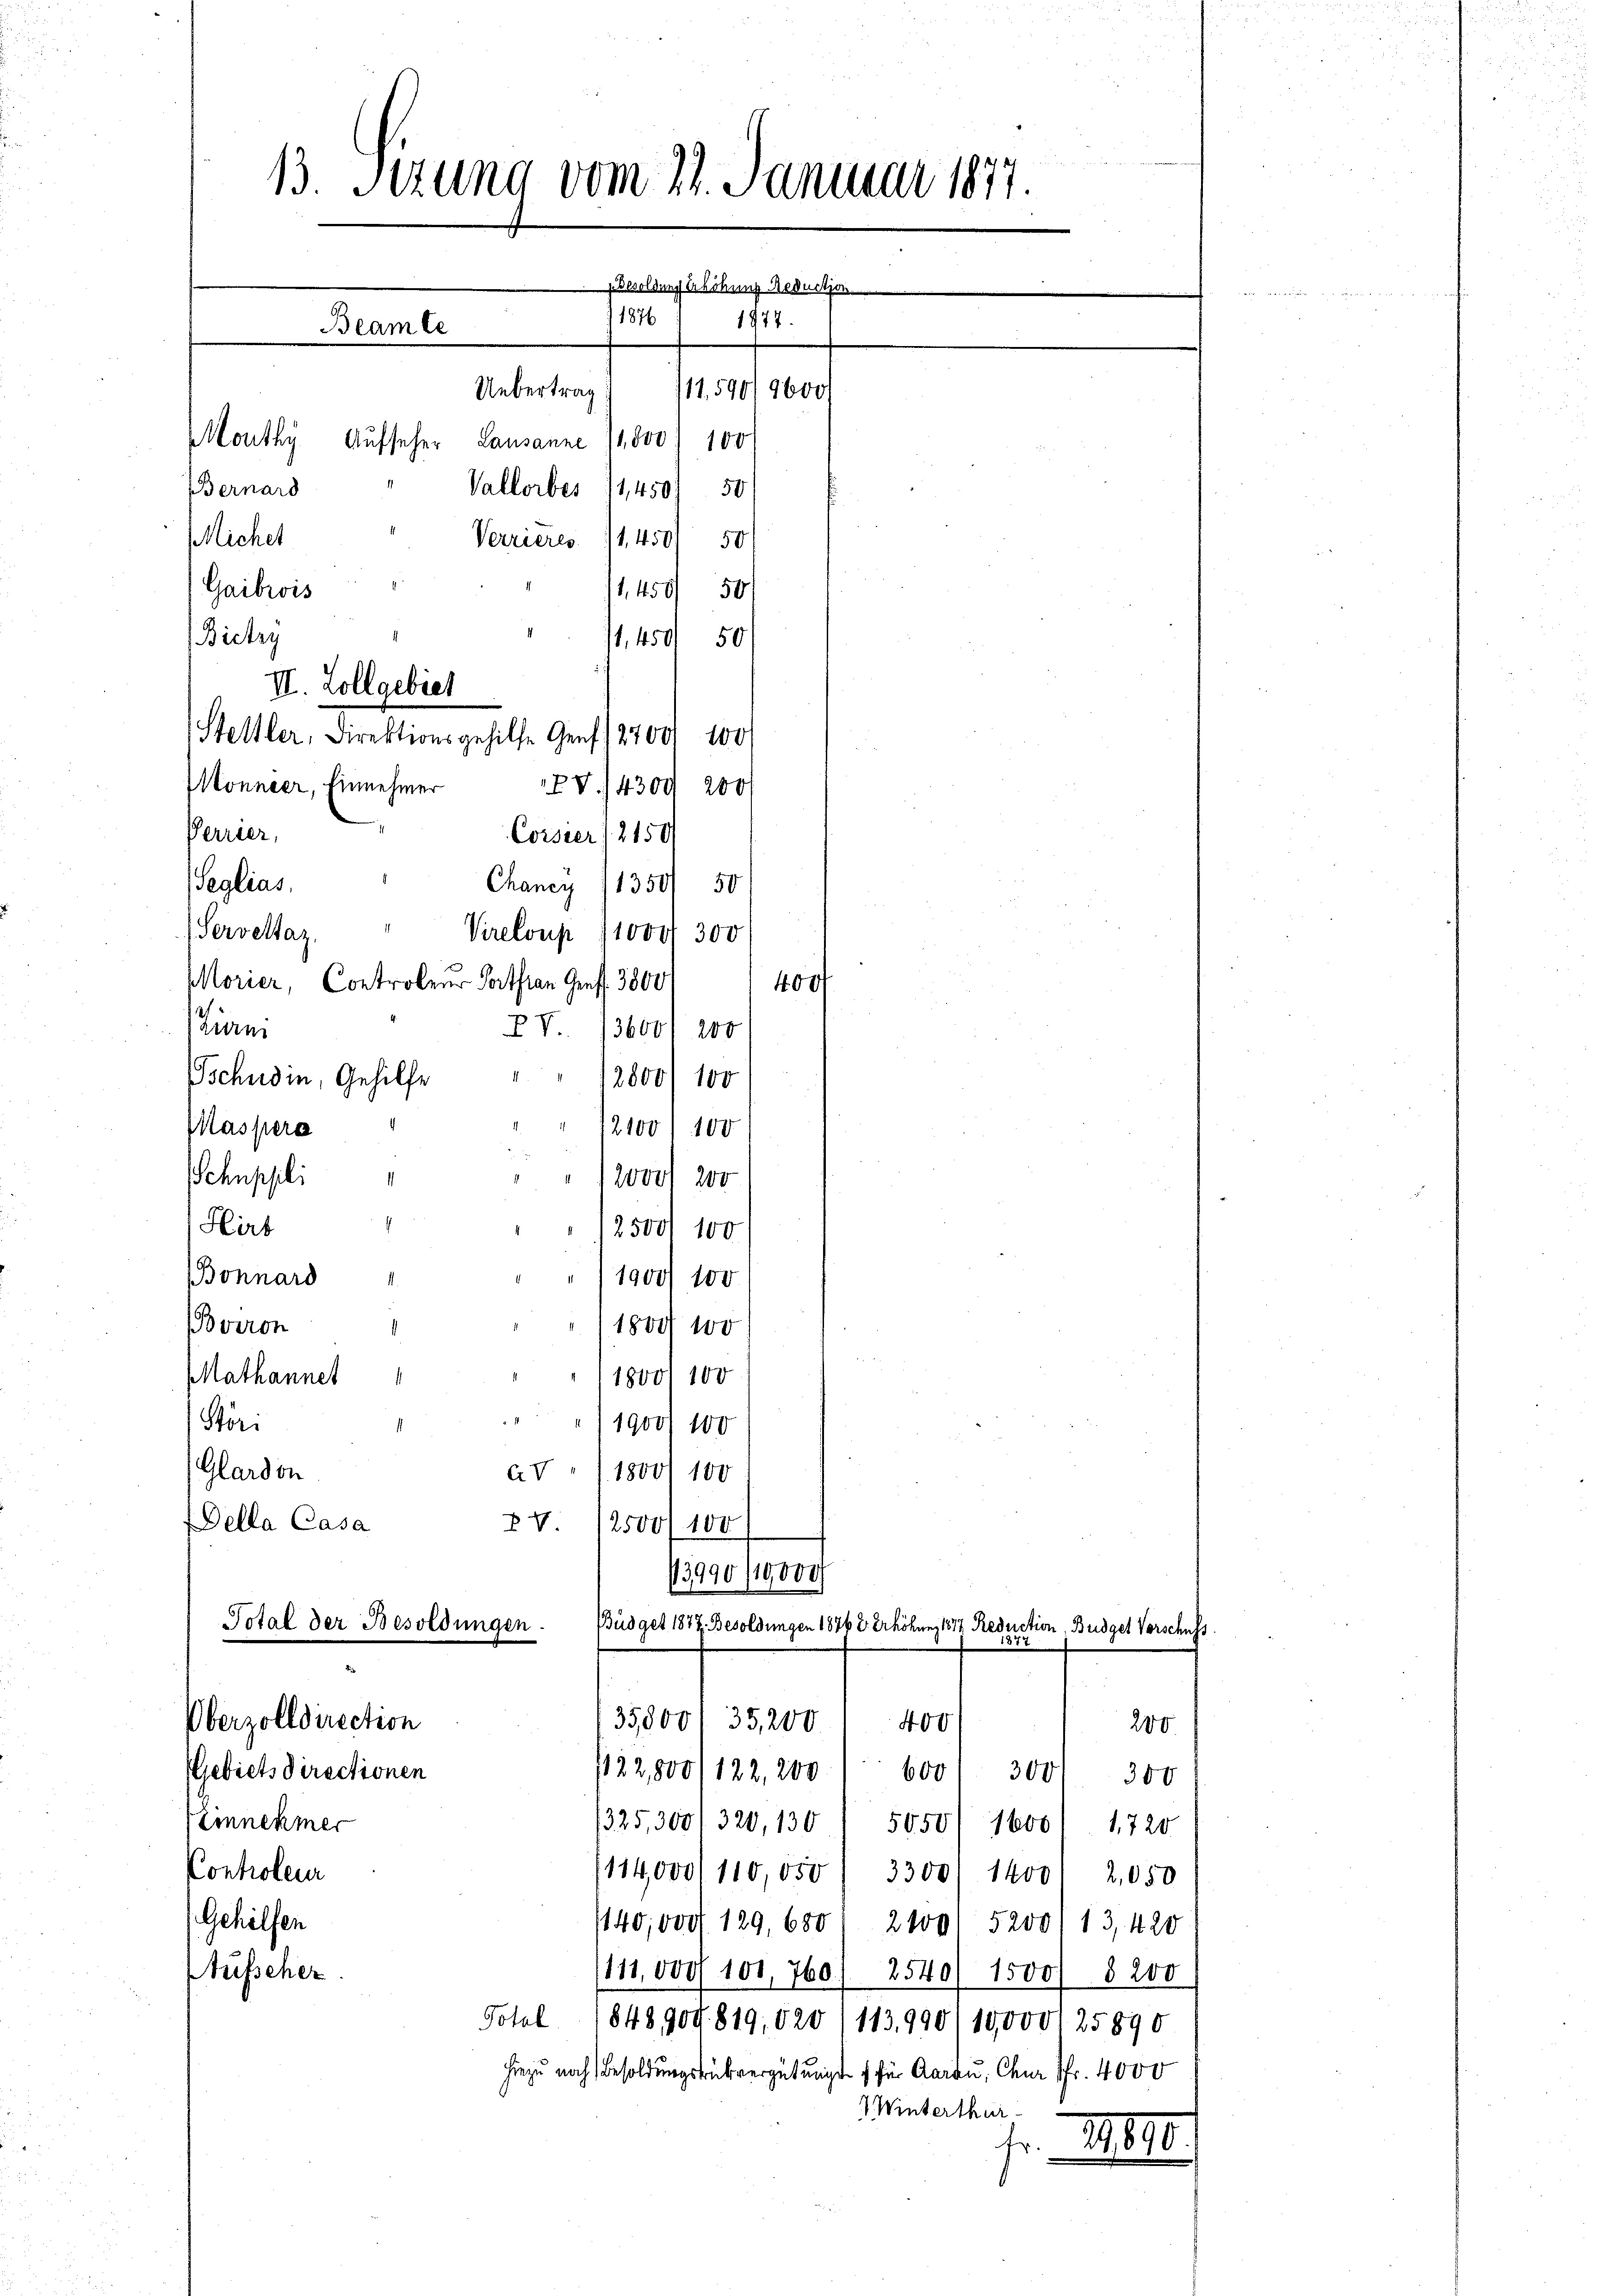
13. Sizung vom 21. Januar 1877.
resoldung erhöhung Reduction
11876 1 1977.
Beamte
Uebertrag
111,590/1600
Monthy Aufseher Lausanne 11,500 " 100
Bernard
Vallorbes 11,450) 50

Micher
Verrieres 14450/ 50
Gaibiois
1,450/ 50
11,459 50/
Bictzy
Stettler, Direktionsgehilfe Genf 18700) 100
Monneer, Einnehmer
XV. 14300 200
Perrier,
Corster 2150
Seglias,
Chancy 11350/ 50
Servelaz,
Vreloup 110000 300
Morier, Controleur Fortfian Genf. 3800
400/
Zierm
PV 13600/ 200
Tschudin, Gehilfe " " 128001 100
" 2100/100
Maspera
Schuppli
2000. 200
¬
Hirt
12500/100
Bonnard
/1900/100
Boiron
1801 100
Mathannet
18001 100
) 1900 100
Stör
Glardon
aV) 18001 100
Della Casa
XV. 12500/100
13990/10,000
Total der Besoldungen.
Büdget 1877. Besoldungen 1876 2. Erhöhung 1874 Reduction Budget Vorschuss
Überzolldirection
35,000/ 35,200 400
Gebiets directionen
/22,800/122, 200
600
Zinnehmer
325,3001320,130/ 5050/ 16001 1720
Controleur
114,000/110,050, 3300. 1400/ 2,050
Gehilfen
1140,000 129, 680 2100. 5200113,420
Aufscher
111,000 f 101,760/ 2540/ 1500 § 200
Total 1848,900. 819, 520/113,990/10,000 25890
hiezu noch Besoldungsrükvergütungs 1 für Aarau, Chur Pfr. 4000
W Winterthur
fr. M

II. Zollgebiet

200.
394. 300